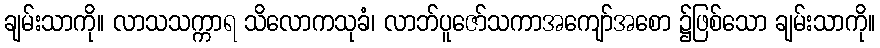
ချမ်းသာကို။ လာသသက္ကာရ သိလောကသုခံ၊ လာဘ်ပူဇော်သကာအကျော်အစော ၌ဖြစ်သော ချမ်းသာကို။